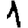
Digit: 1